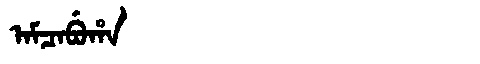
Manchu: ᠠᠮᠴᠠᠪᡠᡥᠠ
Romanization: AMCABUHA